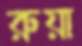
রুয়া